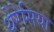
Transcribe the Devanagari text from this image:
थेरेसिया